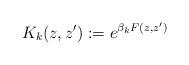
LaTeX: \begin{align*}K_k(z,z'):=e^{\beta_k F(z,z')}\end{align*}